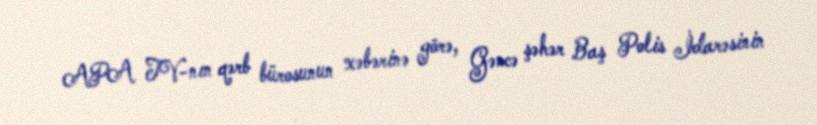
APA TV-nın qərb bürosunun xəbərinə görə, Gəncə şəhər Baş Polis İdarəsinin